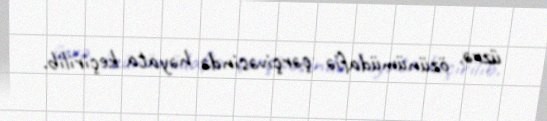
üzrə, özünümüdafiə çərçivəsində həyata keçirilib.